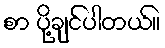
စာ ပို့ချင်ပါတယ်။